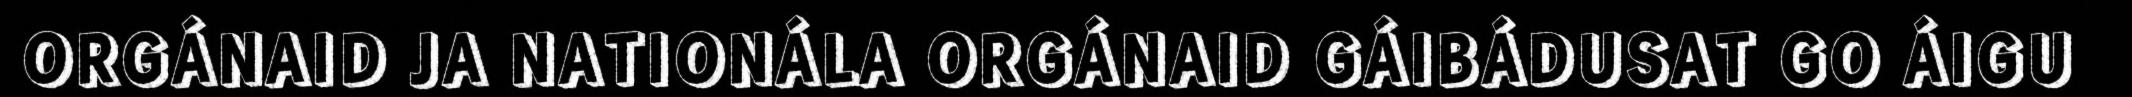
ORGÁNAID JA NATIONÁLA ORGÁNAID GÁIBÁDUSAT GO ÁIGU